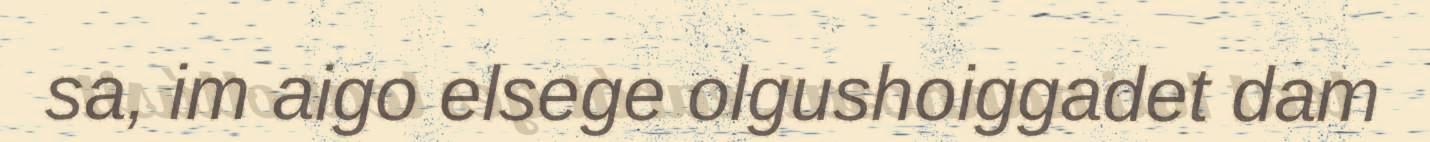
sa, im aigo elsege olgushoiggadet dam